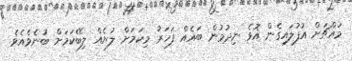
މައްޗަށް އުފުލައިގެން އޮވެ ނިދުމުން ބައެއް ފަހަރު މިކަމަށް ލުޔެއް ލިބޭކަމަށް ބުނެވެއެވެ.